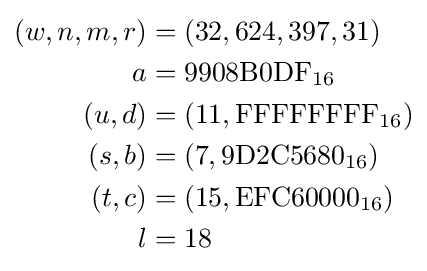
{\begin{aligned}(w,n,m,r)&=(32,624,397,31)\\a&={\textrm {9908B0DF}}_{16}\\(u,d)&=(11,{\textrm {FFFFFFFF}}_{16})\\(s,b)&=(7,{\textrm {9D2C5680}}_{16})\\(t,c)&=(15,{\textrm {EFC60000}}_{16})\\l&=18\\\end{aligned}}